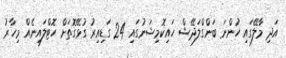
އަދި މާލޭގައި ހުންނަ ބަންގްލަދޭޝް ހައިކޮމިޝަނުގައި 24 ގަޑިއިރު ގުޅޭގޮތަށް ހޮޓްލައިނެއް މިހާރު